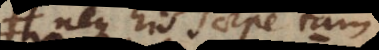
neque his saepe tam